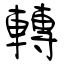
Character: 轉